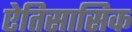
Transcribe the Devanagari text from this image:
ऐतिसासिक